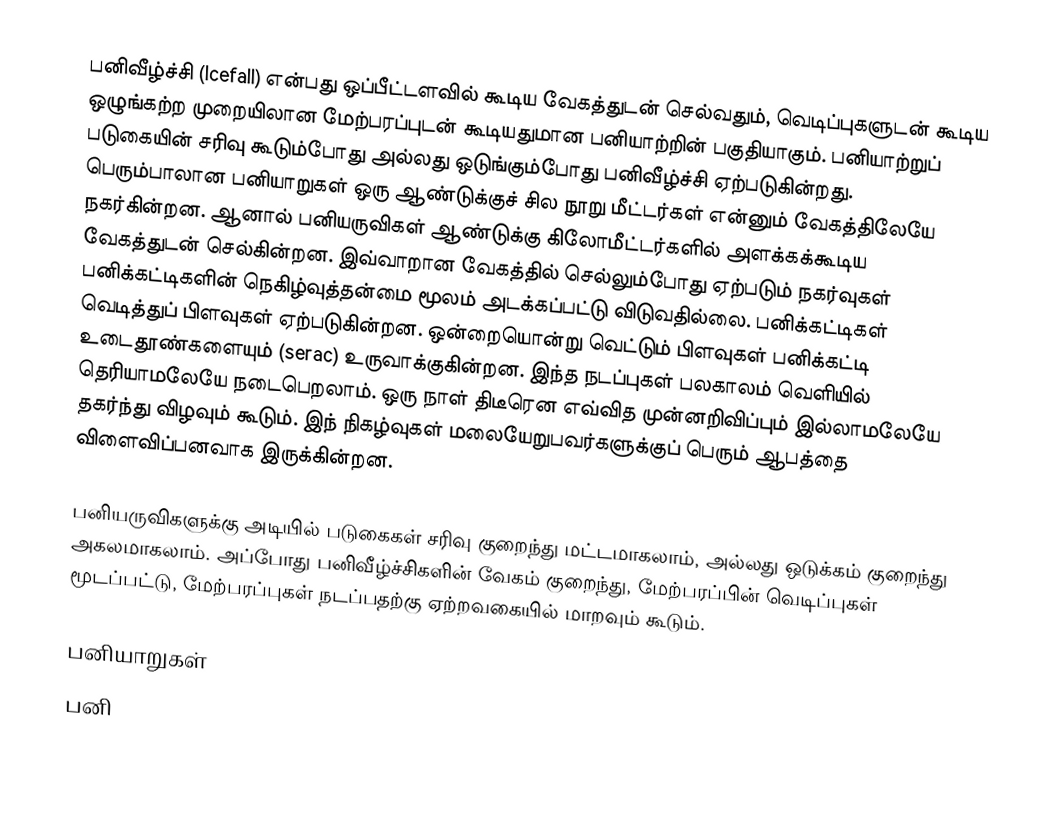
பனிவீழ்ச்சி (Icefall) என்பது ஒப்பீட்டளவில் கூடிய வேகத்துடன் செல்வதும், வெடிப்புகளுடன் கூடிய ஒழுங்கற்ற முறையிலான மேற்பரப்புடன் கூடியதுமான பனியாற்றின் பகுதியாகும். பனியாற்றுப் படுகையின் சரிவு கூடும்போது அல்லது ஒடுங்கும்போது பனிவீழ்ச்சி ஏற்படுகின்றது. பெரும்பாலான பனியாறுகள் ஒரு ஆண்டுக்குச் சில நூறு மீட்டர்கள் என்னும் வேகத்திலேயே நகர்கின்றன. ஆனால் பனியருவிகள் ஆண்டுக்கு கிலோமீட்டர்களில் அளக்கக்கூடிய வேகத்துடன் செல்கின்றன.  இவ்வாறான வேகத்தில் செல்லும்போது ஏற்படும் நகர்வுகள் பனிக்கட்டிகளின் நெகிழ்வுத்தன்மை மூலம் அடக்கப்பட்டு விடுவதில்லை. பனிக்கட்டிகள் வெடித்துப் பிளவுகள் ஏற்படுகின்றன. ஒன்றையொன்று வெட்டும் பிளவுகள் பனிக்கட்டி உடைதூண்களையும் (serac) உருவாக்குகின்றன. இந்த நடப்புகள் பலகாலம் வெளியில் தெரியாமலேயே நடைபெறலாம். ஒரு நாள் திடீரென எவ்வித முன்னறிவிப்பும் இல்லாமலேயே தகர்ந்து விழவும் கூடும். இந் நிகழ்வுகள் மலையேறுபவர்களுக்குப் பெரும் ஆபத்தை விளைவிப்பனவாக இருக்கின்றன.

பனியருவிகளுக்கு அடியில் படுகைகள் சரிவு குறைந்து மட்டமாகலாம், அல்லது ஒடுக்கம் குறைந்து அகலமாகலாம். அப்போது பனிவீழ்ச்சிகளின் வேகம் குறைந்து, மேற்பரப்பின் வெடிப்புகள் மூடப்பட்டு, மேற்பரப்புகள் நடப்பதற்கு ஏற்றவகையில் மாறவும் கூடும்.

பனியாறுகள்
பனி